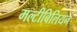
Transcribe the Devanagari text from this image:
मल्टीबिलियन